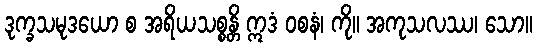
ဒုက္ခသမုဒယော စ အရိယသစ္စန္တိ ဣဒံ ဝစနံ၊ ကို။ အကုသလဿ၊ သော။